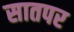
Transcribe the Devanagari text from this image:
सातपर